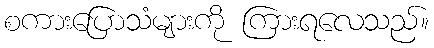
စကားပြောသံများကို ကြားရလေသည်။